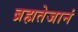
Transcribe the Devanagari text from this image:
ब्रह्मतेजानं